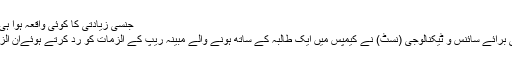
جنسی زیادتی کا کوئی واقعہ ہوا ہی نہیں، نسٹ 25.12.2019
پاکستان کی نیشنل یونیورسٹی برائے سائنس و ٹیکنالوجی (نسٹ) نے کیمپس میں ایک طالبہ کے ساتھ ہونے والے مبینہ ریپ کے الزمات کو رد کرتے ہوئےان الزامات کو بے بنیاد ٹہرایا ہے۔